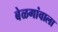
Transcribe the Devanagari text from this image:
बेळगांवाला